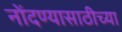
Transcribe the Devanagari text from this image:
नोंदण्यासाठीच्या